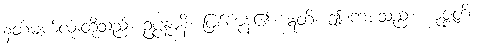
နတ်မျက်လုံးတို့သည်။ ဥပ္ပန္နာနိ၊ ဖြစ်ကုန်၏။ ဣတိ၊ ဤစကားသည်။ ယုဇ္ဇတိ၊